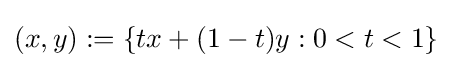
(x,y):=\{tx+(1-t)y:0<t<1\}